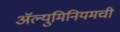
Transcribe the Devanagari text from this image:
ॲल्युमिनियमची